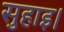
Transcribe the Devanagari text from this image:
सुहाइ।